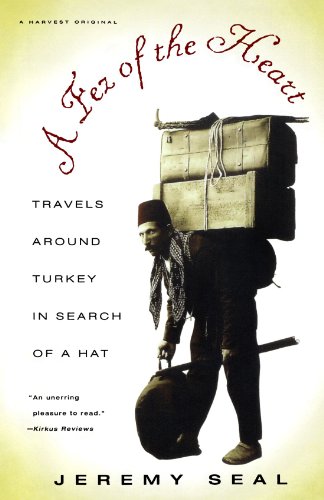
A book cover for A Fez of the Heart: Travels around Turkey in Search of a Hat; Jeremy Seal; Travel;